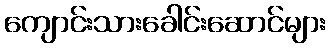
ကျောင်းသားခေါင်းဆောင်များ